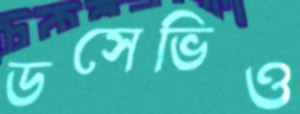
ডসেভিও